Mental hospitals Bombay report 1929-33 - 1929-1933
Year: 1929
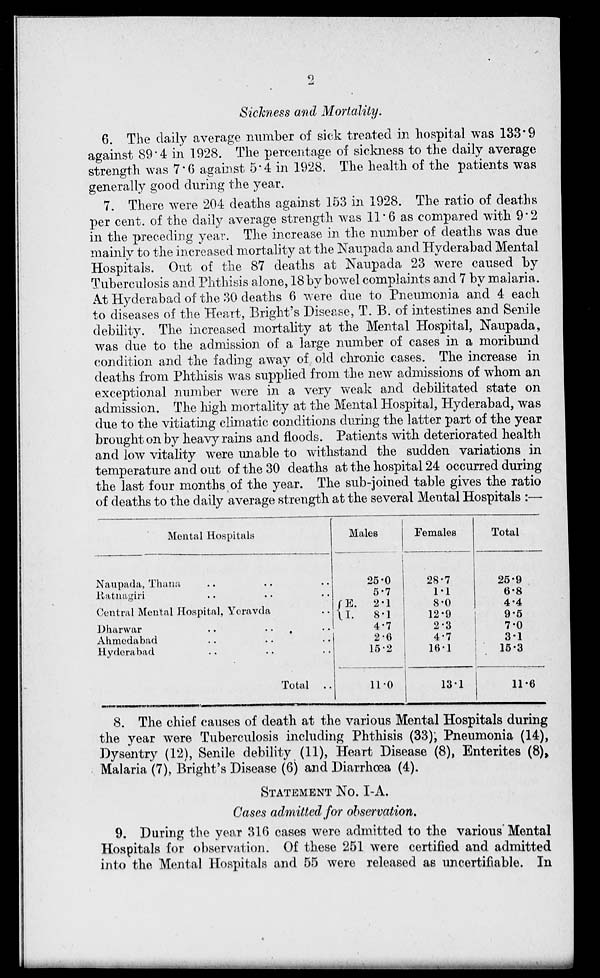
2
Sickness and Mortality.
6. The daily average number of sick treated in hospital was 133.9
against 89.4 in 1928. The percentage of sickness to the daily average
strength was 7.6 against 5.4 in 1928. The health of the patients was
generally good during the year.
7. There were 204 deaths against 153 in 1928. The ratio of deaths
per cent. of the daily average strength was 11.6 as compared with 9.2
in the preceding year. The increase in the number of deaths was due
mainly to the increased mortality at the Naupada and Hyderabad Mental
Hospitals. Out of the 87 deaths at Naupada 23 were caused by
Tuberculosis and Phthisis alone, 18 by bowel complaints and 7 by malaria.
At Hyderabad of the 30 deaths 6 were due to Pneumonia and 4 each
to diseases of the Heart, Bright's Disease, T. B. of intestines and Senile
debility. The increased mortality at the Mental Hospital, Naupada,
was due to the admission of a large number of cases in a moribund
condition and the fading away of old chronic cases. The increase in
deaths from Phthisis was supplied from the new admissions of whom an
exceptional number were in a very weak and debilitated state on
admission. The high mortality at the Mental Hospital, Hyderabad, was
due to the vitiating climatic conditions during the latter part of the year
brought on by heavy rains and floods. Patients with deteriorated health
and low vitality were unable to withstand the sudden variations in
temperature and out of the 30 deaths at the hospital 24 occurred during
the last four months of the year. The sub-joined table gives the ratio
of deaths to the daily average strength at the several Mental Hospitals :—
Mental Hospitals
Naupada, Thana .. .. ..
Ratnagiri .. .. ..
Central Mental Hospital, Yeravda ..
Dharwar
..
..
..
..
Ahmedabad .. .. ..
Hyderabad .. .. ..
Total ..
Males
25.0
5.7
E.
2.1
I.
8.1
4.7
2.6
15.2
11.0
Females
28.7
1.1
8.0
12.9
2.3
4.7
16.1
13.1
Total
25.9
6.8
4.4
9.5
7.0
3.1
15.3
11.6
8. The chief causes of death at the various Mental Hospitals during
the year were Tuberculosis including Phthisis (33); Pneumonia (14),
Dysentry (12), Senile debility (11), Heart Disease (8), Ententes (8),
Malaria (7), Bright's Disease (6) and Diarrhœa (4).
STATEMENT NO. I-A.
Cases admitted for observation.
9. During the year 316 cases were admitted to the various Mental
Hospitals for observation. Of these 251 were certified and admitted
into the Mental Hospitals and 55 were released as uncertifiable. In